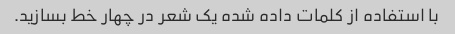
با استفاده از کلمات داده شده یک شعر در چهار خط بسازید.